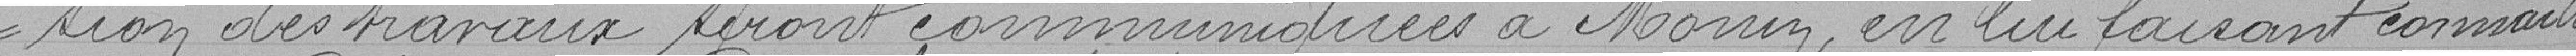
-sion des travaux seront communiqués à Monsieur MONIN en lui faisant connaître